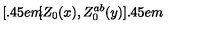
[ \kern - 0 . 4 5 e m \llap [ Z _ { 0 } ( x ) , Z _ { 0 } ^ { a b } ( y ) ] \kern - 0 . 4 5 e m \llap ~